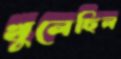
খুলেছিল